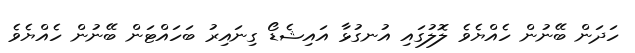
ހަދަން ބޭނުން ހެއްޔެވެ ލޮލުގައި އުނގުޅާ އައިޝެޑޯ ގިނައިރު ބަހައްޓަން ބޭނުން ހެއްޔެވެ